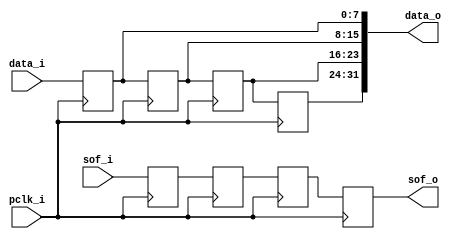
module uut_1_bytep
(
    output wire [31:0] data_o,
    output wire        sof_o,

    input  wire [7:0]  data_i,
    input  wire        sof_i,
    input  wire        pclk_i
);
    /* -----------------------------------------------------------
      parameters
    ------------------------------------------------------------*/

    /* -----------------------------------------------------------
      net declarations
    ------------------------------------------------------------*/
    reg  [7:0]   data_z1;
    reg          sof_z1;

    reg  [7:0]   data_z2;
    reg          sof_z2;

    reg  [7:0]   data_z3;
    reg          sof_z3;

    reg  [7:0]   data_z4;
    reg          sof_z4;

    /* -----------------------------------------------------------
      input assignments
    ------------------------------------------------------------*/

    /* -----------------------------------------------------------
       Pipeline
    ------------------------------------------------------------*/
    always @ (posedge pclk_i) begin
        data_z1[7:0] <= data_i[7:0];
        sof_z1       <= sof_i;

        data_z2[7:0] <= data_z1[7:0];
        sof_z2       <= sof_z1;

        data_z3[7:0] <= data_z2[7:0];
        sof_z3       <= sof_z2;

        data_z4[7:0] <= data_z3[7:0];
        sof_z4       <= sof_z3;
    end

    /* -----------------------------------------------------------
       output assignments
    ------------------------------------------------------------*/
    always @ (*)
    begin
        data_o[31:0] = {data_z4[7:0], data_z3[7:0], data_z2[7:0], data_z1[7:0]};
        sof_o        = sof_z4;
    end

endmodule